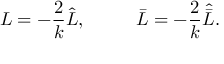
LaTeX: L = - \frac { 2 } { k } \hat { L } , ~ ~ ~ ~ ~ ~ ~ ~ \bar { L } = - \frac { 2 } { k } \hat { \bar { L } } .